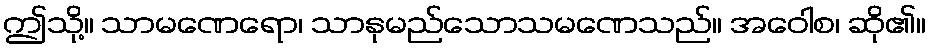
ဤသို့။ သာမဏေရော၊ သာနုမည်သောသမဏေသည်။ အဝေါစ၊ ဆို၏။